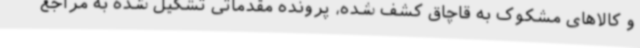
و کالاهای مشکوک به قاچاق کشف شده، پرونده مقدماتی تشکیل شده به مراجع